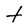
Character: t